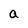
Character: a